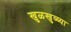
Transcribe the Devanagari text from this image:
खुळखुळ्या